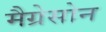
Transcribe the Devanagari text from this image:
मैग्रेसोन